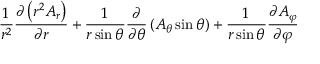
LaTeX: { \frac { 1 } { r ^ { 2 } } } { \frac { \partial \left( r ^ { 2 } A _ { r } \right) } { \partial r } } + { \frac { 1 } { r \sin \theta } } { \frac { \partial } { \partial \theta } } \left( A _ { \theta } \sin \theta \right) + { \frac { 1 } { r \sin \theta } } { \frac { \partial A _ { \varphi } } { \partial \varphi } }